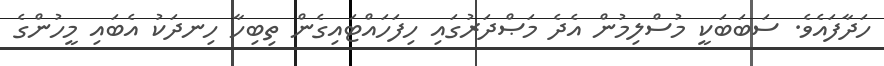
ހަދާފައެވެ. ސަބަބަކީ މުސްލިމުން އެދެ މަޞްދަރުގައި ހިފަހައްޓައިގެން ތިބިހާ ހިނދަކު އެބައި މީހުންގެ